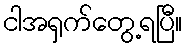
ငါအရှက်တွေ့ရပြီ။